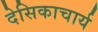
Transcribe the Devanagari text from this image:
देसिकाचार्य